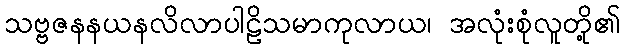
သဗ္ဗဇနနယနလိလာပါဠိသမာကုလာယ၊ အလုံးစုံလူတို့၏